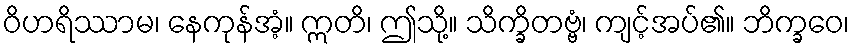
ဝိဟရိဿာမ၊ နေကုန်အံ့။ ဣတိ၊ ဤသို့။ သိက္ခိတဗ္ဗံ၊ ကျင့်အပ်၏။ ဘိက္ခဝေ၊